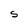
Character: S